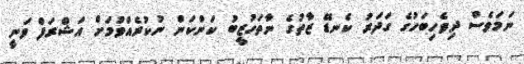
ނަމަވެސް ދިވެހިބަހުގެ ގަދަރު ކެނޑޭ ޒާތުގެ ނާތަހުޒީބު ކަންކަން ނުކުރެއްވުމަށް އަޝްރަފް ވަނީ